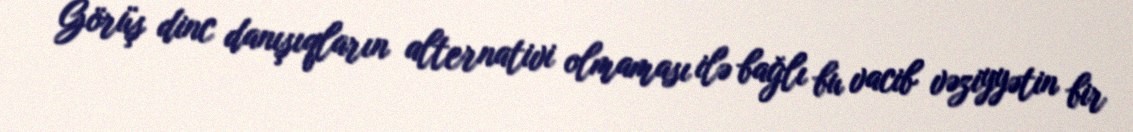
Görüş dinc danışıqların alternativi olmaması ilə bağlı bu vacib vəziyyətin bir